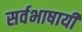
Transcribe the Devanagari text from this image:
सर्वभाषायी